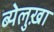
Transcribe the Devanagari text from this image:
ब्येलुख़ा